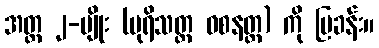
အတ္တ ၂-မျိုး (ပုရိသတ္ထ ဝစနတ္ထ) ကို ပြခန်း။